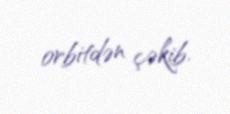
orbitdən çəkib.